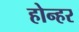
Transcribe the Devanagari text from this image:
होन्हर